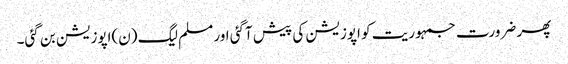
پھر ضرورت جمہوریت کو اپوزیشن کی پیش آگئی اور مسلم لیگ (ن)اپوزیشن بن گئی۔